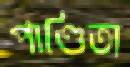
পাণ্ডিত্য